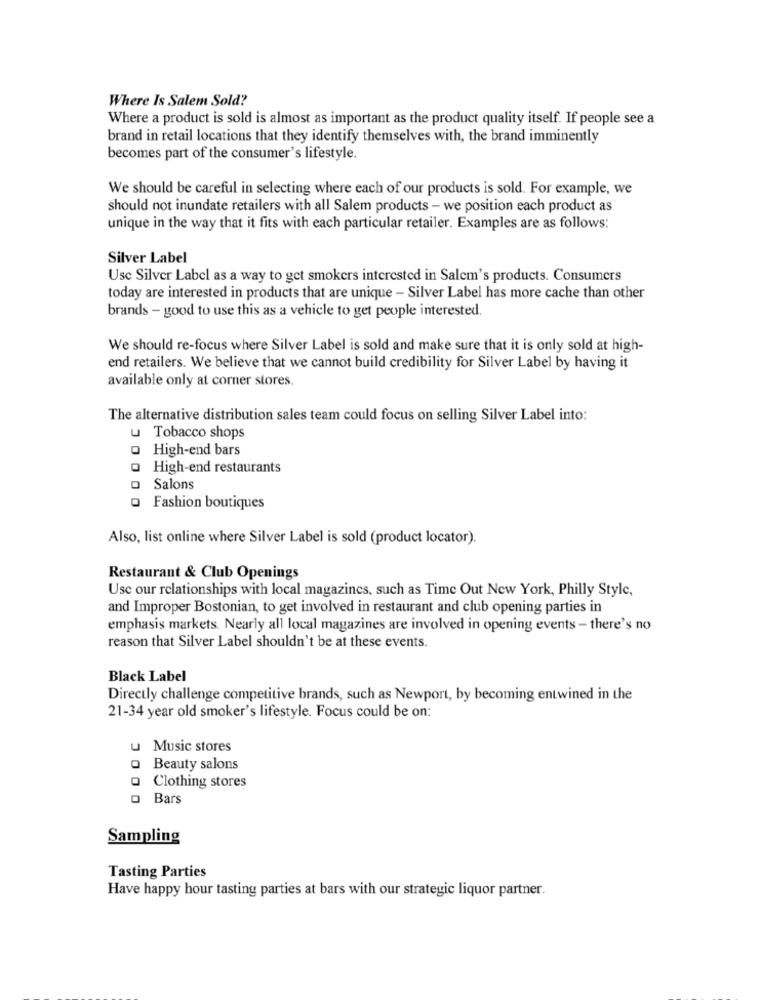
Where Is Salem Sold?
Where a product is sold is almost as important as the product quality itself. If people see a
brand in retail locations that they identify themselves with, the brand imminently
becomes part of the consumer's lifestyle.
We should be careful in selecting where each of our products is sold. For example, we
should not inundate retailers with all Salem products - we position each product as
unique in the way that it fits with each particular retailer. Examples are as follows:
Silver Label
Usc Silver Label as a way to get smokers interested in Salem's products. Consumers
today are interested in products that are unique - Silver Label has more cache than other
brands - good to use this as a vehicle to get people interested.
We should re-focus where Silver Label is sold and make sure that it is only sold at high-
end retailers. We believe that we cannot build credibility for Silver Label by having it
available only at corner stores.
The alternative distribution sales team could focus on selling Silver Label into:
u Tobacco shops
High-end bars
o High-end restaurants
O Salons
O Fashion boutiques
Also, list online where Silver Label is sold (product locator).
Restaurant & Club Openings
Usc our relationships with local magazines, such as Time Out New York, Philly Style,
and Improper Bostonian, to get involved in restaurant and club opening parties in
emphasis markets. Nearly all local magazines are involved in opening events - there's no
reason that Silver Label shouldn't be at these events.
Black Label
Directly challenge competitive brands, such as Newport, by becoming entwined in the
21-34 year old smoker's lifestyle. Focus could be on:
U
Music stores
Beauty salons
Clothing stores
O Bars
Sampling
Tasting Parties
Have happy hour tasting parties at bars with our strategic liquor partner.